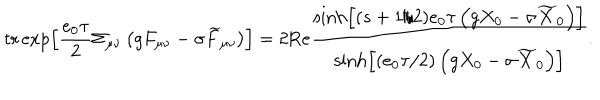
LaTeX: \mathrm { t r } \exp \left[ \frac { e _ { 0 } \tau } 2 \Sigma _ { \mu \nu } \left( g F _ { \mu \nu } - \sigma \widetilde { F } _ { \mu \nu } \right) \right] = 2 \mathrm { R e } \frac { \sinh \left[ ( s + 1 / 2 ) e _ { 0 } \tau \left( g X _ { 0 } - \sigma \widetilde { X } _ { 0 } \right) \right] } { \sinh \left[ \left( e _ { 0 } \tau / 2 \right) \left( g X _ { 0 } - \sigma \widetilde { X } _ { 0 } \right) \right] } .